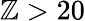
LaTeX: \mathbb{Z}>20